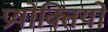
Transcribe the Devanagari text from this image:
प्रयोक्तियों